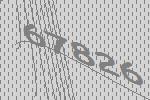
67826